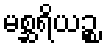
မစ္ဆရိယဉ္စ